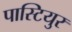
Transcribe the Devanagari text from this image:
पास्टियुर